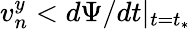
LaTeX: v_{n}^{y}<d\Psi/dt\vert_{t=t_{*}}